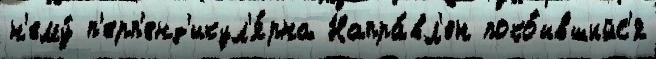
н'ему́ п'ерп'енд'икул'я́рна Напра́вл'ен поко́ившийс'я